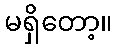
မရှိတော့။